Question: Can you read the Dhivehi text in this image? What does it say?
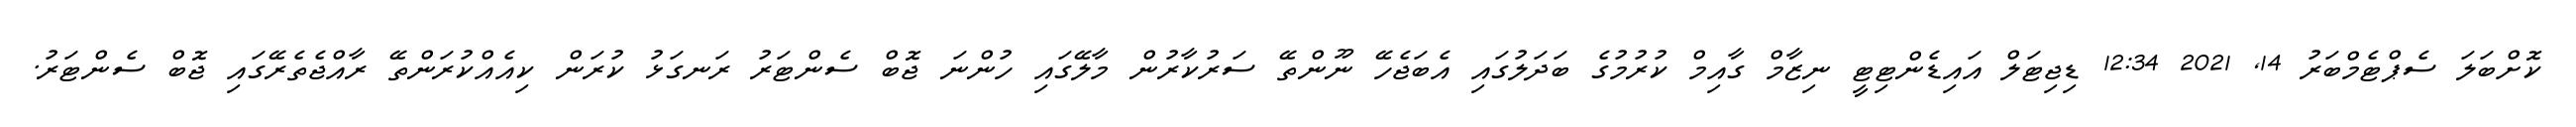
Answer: ކޮށްބަލަ ސެޕްޓެމްބަރު 14, 2021 12:34 ޑިޖިޓަލް އައިޑެންޓިޓީ ނިޒާމް ގާއިމް ކުރުމުގެ ބަދަލުގައި އެބަޖެހޭ ނޫންތޭ ސަރުކާރުން މާލޭގައި ހުންނަ ޖޮބް ސެންޓަރު ރަނގަޅު ކުރަން ކިއެއްކުރަންތޭ ރާއްޖެތެރޭގައި ޖޮބް ސެންޓަރު.